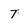
Character: 7